Account of plague administration in the Bombay Presidency from September 1896 till May 1897
Year: 1896
Disease focus: Plague
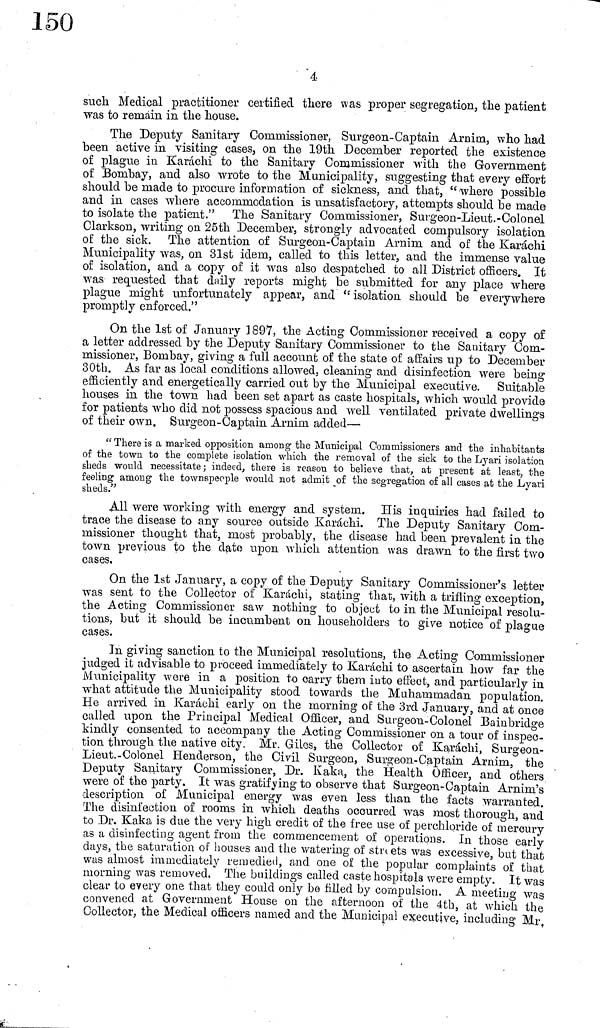
4
such Medical practitioner certified there was proper segregation, the patient
was to remain in the house.
The Deputy Sanitary Commissioner, Surgeon-Captain Arnim, who had
been active in visiting cases, on the 19th December reported the existence
of plague in Karachi to the Sanitary Commissioner with the Government
of Bombay, and also wrote to the Municipality, suggesting that every effort
should be made to procure information of sickness, and that, "where possible
and in cases where accommodation is unsatisfactory, attempts should be made
to isolate the patient." The Sanitary Commissioner, Surgeon-Lieut.-Colonel
Clarkson, writing on 25th December, strongly advocated compulsory isolation
of the sick. The attention of Surgeon-Captain Arnim and of the Karachi
Municipality was, on 31st idem, called to this letter, and the immense value
of isolation, and a copy of it was also despatched to all District officers. It
was requested that daily reports might be submitted for any place where
plague might unfortunately appear, and " isolation should be everywhere
promptly enforced."
On the 1st of January ] 897, the Acting Commissioner received a copy of
a letter addressed by the Deputy Sanitary Commissioner to the Sanitary Com-
missioner, Bombay, giving a full account of the state of affairs up to December
30th. As far as local conditions allowed, cleaning and disinfection were being
efficiently and energetically carried out by the Municipal executive. Suitable
houses in the town had been set apart as caste hospitals, which would provide
for patients who did not possess spacious and well ventilated private dwellings
of their own, Surgeon-Captain Arnim added—
" There is a marked opposition among the Municipal Commissioners and the inhabitants
of the town to the complete isolation which the removal of the sick to the Lyari isolation
sheds would necessitate; indeed, there is reason to believe that, at present at least, the
feeling among the townspeople would not admit of the segregation of all cases at the Lyari
sheds."
All were working with energy and system. His inquiries had failed to
trace the disease to any source outside Karachi. The Deputy Sanitary Com-
missioner thought that, most probably, the disease had been prevalent in the
town previous to the date upon which attention was drawn to the first two
cases.
On the 1st January, a copy of the Deputy Sanitary Commissioner's letter
was sent to the Collector of Karachi, stating that, with a trifling exception,
the Acting Commissioner saw nothing to object to in the Municipal resolu-
tions, but it should be incumbent on householders to give notice of plague
cases.
In giving sanction to the Municipal resolutions, the Acting Commissioner
judged it advisable to proceed immediately to Karachi to ascertain how far the
Minicipality were in a position to carry them into effect, and particularly in
what attitude the Municipality stood towards the Muhammadan population.
He arrived in Karachi early on the morning of the 3rd January, and at once
called upon the Principal Medical Officer, and Surgeon-Colonel Bainbridge
kindly consented to accompany the Acting Commissioner on a tour of inspec-
tion through the native city. Mr. Giles, the Collector of Karachi, Surgeon-
Lieut.-Colonel Henderson, the Civil Surgeon, Surgeon-Captain Arnim, the
Deputy Sanitary Commissioner, Dr. Kaka, the Health Officer, and others
were of the party. It was gratifying to observe that Surgeon-Captain Arnim's
description of Municipal energy was even less than the facts warranted.
The disinfection of rooms in which deaths occurred was most thorough, and
to Dr. Kaka is due the very high credit of the free use of perchloride of mercury
as a disinfecting agent from the commencement of operations. In those early
days, the saturation of houses and the watering of streets was excessive, but that
was almost immediately remedied, and one of the popular complaints of that
morning was removed. The buildings called caste hospitals were empty. It was
clear to every one that they could only be filled by compulsion. A meeting was
convened at Government House on the afternoon of the 4th, at which the
Collector, the Medical officers named and the Municipal executive, including Mr,